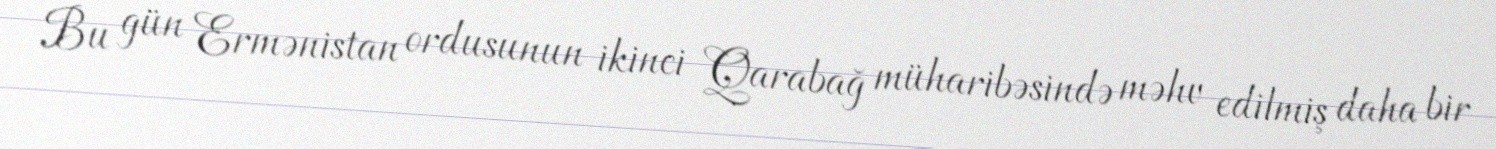
Bu gün Ermənistan ordusunun ikinci Qarabağ müharibəsində məhv edilmiş daha bir